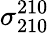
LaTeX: \sigma_{210}^{210}